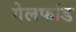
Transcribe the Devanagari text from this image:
गेलफांड